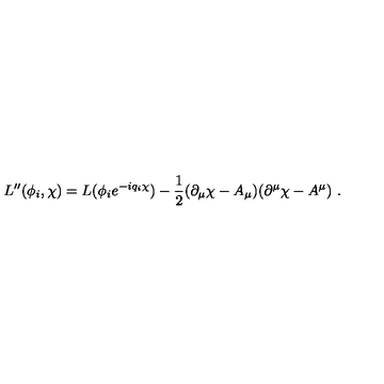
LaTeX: L ^ { \prime \prime } ( \phi _ { i } , \chi ) = L ( \phi _ { i } e ^ { - i q _ { i } \chi } ) - \frac { 1 } { 2 } ( \partial _ { \mu } \chi - A _ { \mu } ) ( \partial ^ { \mu } \chi - A ^ { \mu } ) \ .